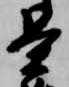
景